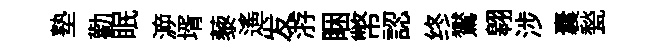
塾勸眠㴑壻藜遥发㳺睏幣認终鸑翱涉囊甃